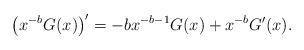
LaTeX: \begin{align*}\left(x^{-b} G(x) \right)'=-bx^{-b-1}G(x)+x^{-b}G'(x).\end{align*}